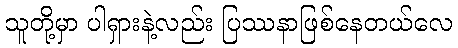
သူတို့မှာ ပါရှားနဲ့လည်း ပြဿနာဖြစ်နေတယ်လေ